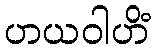
ဟယဝါဟိံ